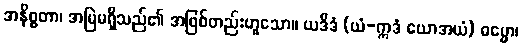
အနိစ္စတာ၊ အမြဲမရှိသည်၏ အဖြစ်တည်းဟူသော။ ယဒိဒံ (ယံ-ဣဒံ ယောအယံ) ဓမ္မော၊